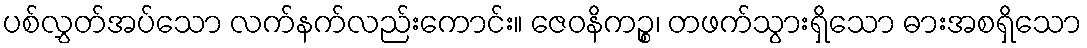
ပစ်လွှတ်အပ်သော လက်နက်လည်းကောင်း။ ဇေဝနိကဉ္စ၊ တဖက်သွားရှိသော ဓားအစရှိသော